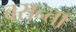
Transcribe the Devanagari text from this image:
बसन्ता